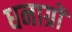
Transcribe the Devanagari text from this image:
धनाग्रों